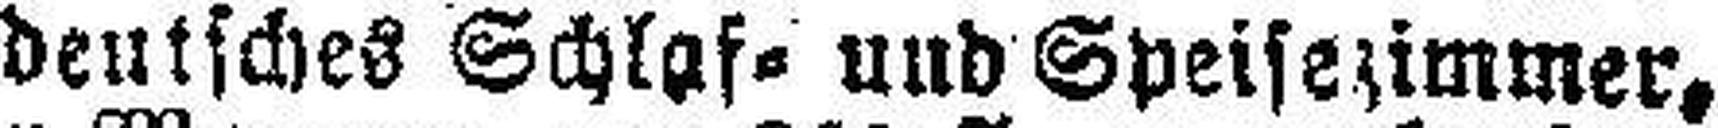
deutsches Schlaf= und Speisezimmer,